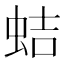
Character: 蛣